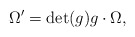
\begin{align*}\Omega'=\mathrm{det}(g) g \cdot \Omega,\end{align*}